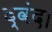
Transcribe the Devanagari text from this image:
द्वंद।